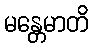
မန္တေမာတိ